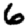
Digit: 6